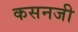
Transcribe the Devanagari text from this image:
कसनजी